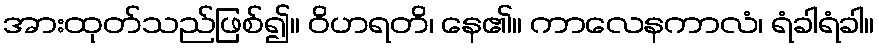
အားထုတ်သည်ဖြစ်၍။ ဝိဟရတိ၊ နေ၏။ ကာလေနကာလံ၊ ရံခါရံခါ။